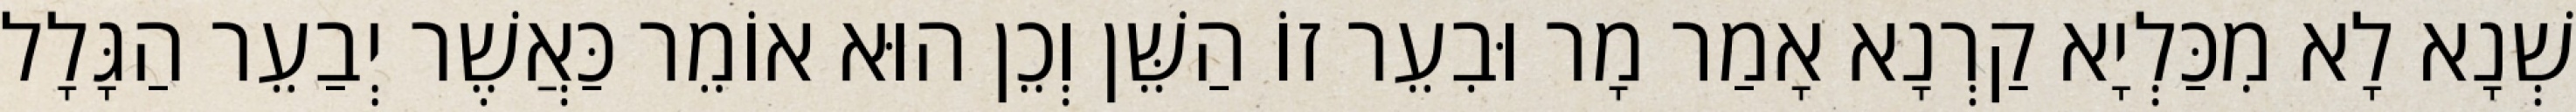
שְׁנָא לָא מִכַּלְיָא קַרְנָא אָמַר מָר וּבִעֵר זוֹ הַשֵּׁן וְכֵן הוּא אוֹמֵר כַּאֲשֶׁר יְבַעֵר הַגָּלָל